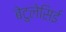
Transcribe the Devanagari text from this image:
बेटुलेसिई